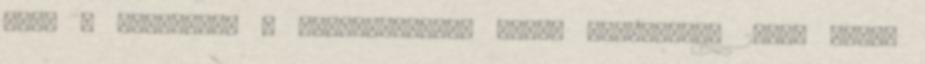
„Híd a forráshoz – forrásteremtő civil találkozó” 2009. május